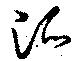
泒